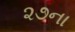
૨૭ના